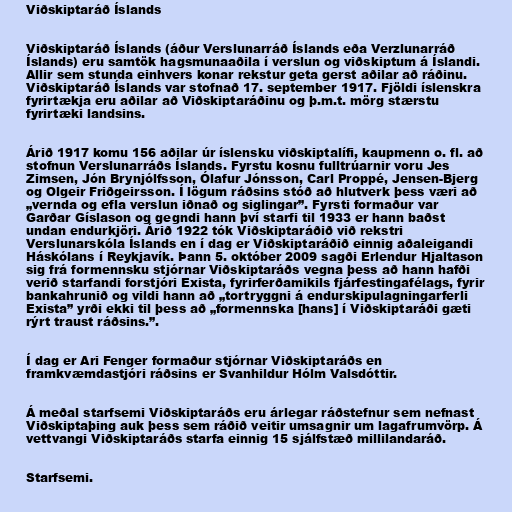
Viðskiptaráð Íslands

Viðskiptaráð Íslands (áður Verslunarráð Íslands eða Verzlunarráð
Íslands) eru samtök hagsmunaaðila í verslun og viðskiptum á Íslandi.
Allir sem stunda einhvers konar rekstur geta gerst aðilar að ráðinu.
Viðskiptaráð Íslands var stofnað 17. september 1917. Fjöldi íslenskra
fyrirtækja eru aðilar að Viðskiptaráðinu og þ.m.t. mörg stærstu
fyrirtæki landsins.

Árið 1917 komu 156 aðilar úr íslensku viðskiptalífi, kaupmenn o. fl. að
stofnun Verslunarráðs Íslands. Fyrstu kosnu fulltrúarnir voru Jes
Zimsen, Jón Brynjólfsson, Ólafur Jónsson, Carl Proppé, Jensen-Bjerg
og Olgeir Friðgeirsson. Í lögum ráðsins stóð að hlutverk þess væri að
„vernda og efla verslun iðnað og siglingar”. Fyrsti formaður var
Garðar Gíslason og gegndi hann því starfi til 1933 er hann baðst
undan endurkjöri. Árið 1922 tók Viðskiptaráðið við rekstri
Verslunarskóla Íslands en í dag er Viðskiptaráðið einnig aðaleigandi
Háskólans í Reykjavík. Þann 5. október 2009 sagði Erlendur Hjaltason
sig frá formennsku stjórnar Viðskiptaráðs vegna þess að hann hafði
verið starfandi forstjóri Exista, fyrirferðamikils fjárfestingafélags, fyrir
bankahrunið og vildi hann að „tortryggni á endurskipulagningarferli
Exista” yrði ekki til þess að „formennska [hans] í Viðskiptaráði gæti
rýrt traust ráðsins.”.

Í dag er Ari Fenger formaður stjórnar Viðskiptaráðs en
framkvæmdastjóri ráðsins er Svanhildur Hólm Valsdóttir.

Á meðal starfsemi Viðskiptaráðs eru árlegar ráðstefnur sem nefnast
Viðskiptaþing auk þess sem ráðið veitir umsagnir um lagafrumvörp. Á
vettvangi Viðskiptaráðs starfa einnig 15 sjálfstæð millilandaráð.

Starfsemi.